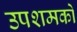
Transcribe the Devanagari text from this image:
उपशमकों